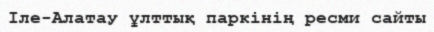
Іле-Алатау ұлттық паркінің ресми сайты